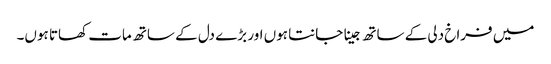
میں فراخ دلی کے ساتھ جینا جانتا ہوں اور بڑے دل کے ساتھ مات کھاتا ہوں۔